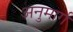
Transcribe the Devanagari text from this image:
अनुमार्ग